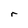
Character: r